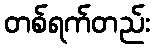
တစ်ရက်တည်း